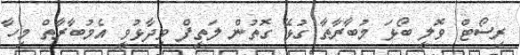
ރިސޯޓް ވޮލީ ބޯޅަ މުބާރާތާ ގުޅޭ ގޮތުން ލަތީފް ވިދާޅުވީ އެމުބާރާތް މިހާ